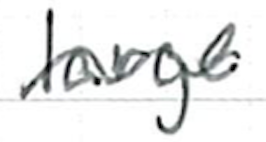
Text: large
Cross-out: wave
Writing tool: ballpoint